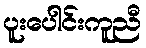
ပူးပေါင်းကူညီ